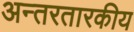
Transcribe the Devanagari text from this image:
अन्तरतारकीय